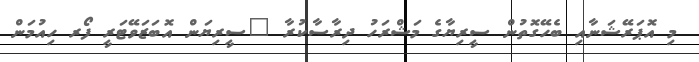
މި އޮޕަރޭޝަނާއި ބެހޭގޮތުން ސީރިޔާގެ މަޝްރަހު ދިރާސާކުރާ "ސީރިޔަން އޮބަޒަވޭޓަރީ ފޯރ ހިއުމަން